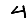
Digit: 4